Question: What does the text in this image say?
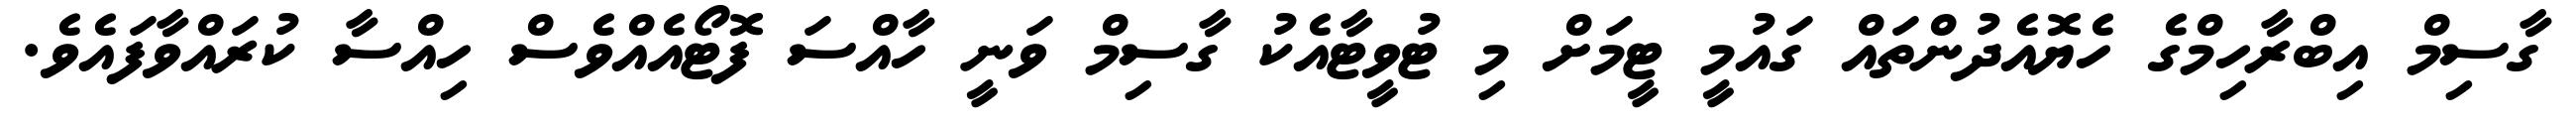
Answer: ގާސިމް އިބްރާހިމްގެ ހެޔޮއެދުންތައް ގައުމީ ޓީމަށް މި ޓުވީޓާއެކު ގާސިމް ވަނީ ހާއްސަ ފޮޓޯއެއްވެސް ހިއްސާ ކުރައްވާފައެވެ.